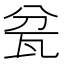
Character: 瓫